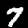
Label: 7